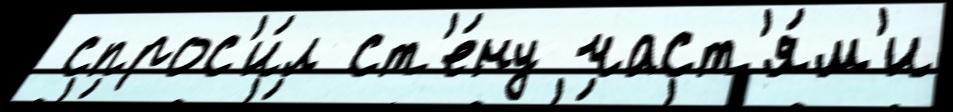
 спрос'и́л ст'е́ну част'я́м'и